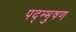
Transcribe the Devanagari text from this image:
पद्म्भुषण